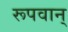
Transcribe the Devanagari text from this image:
रूपवान्